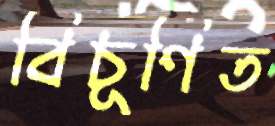
বিচূর্ণিত